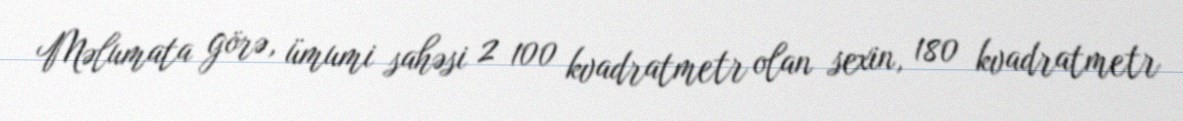
Məlumata görə, ümumi sahəsi 2 100 kvadratmetr olan sexin, 180 kvadratmetr